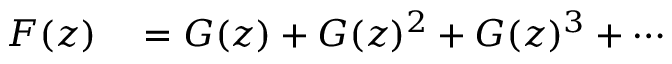
\begin{array} { r l } { F ( z ) } & { { } = G ( z ) + G ( z ) ^ { 2 } + G ( z ) ^ { 3 } + \cdots } \end{array}